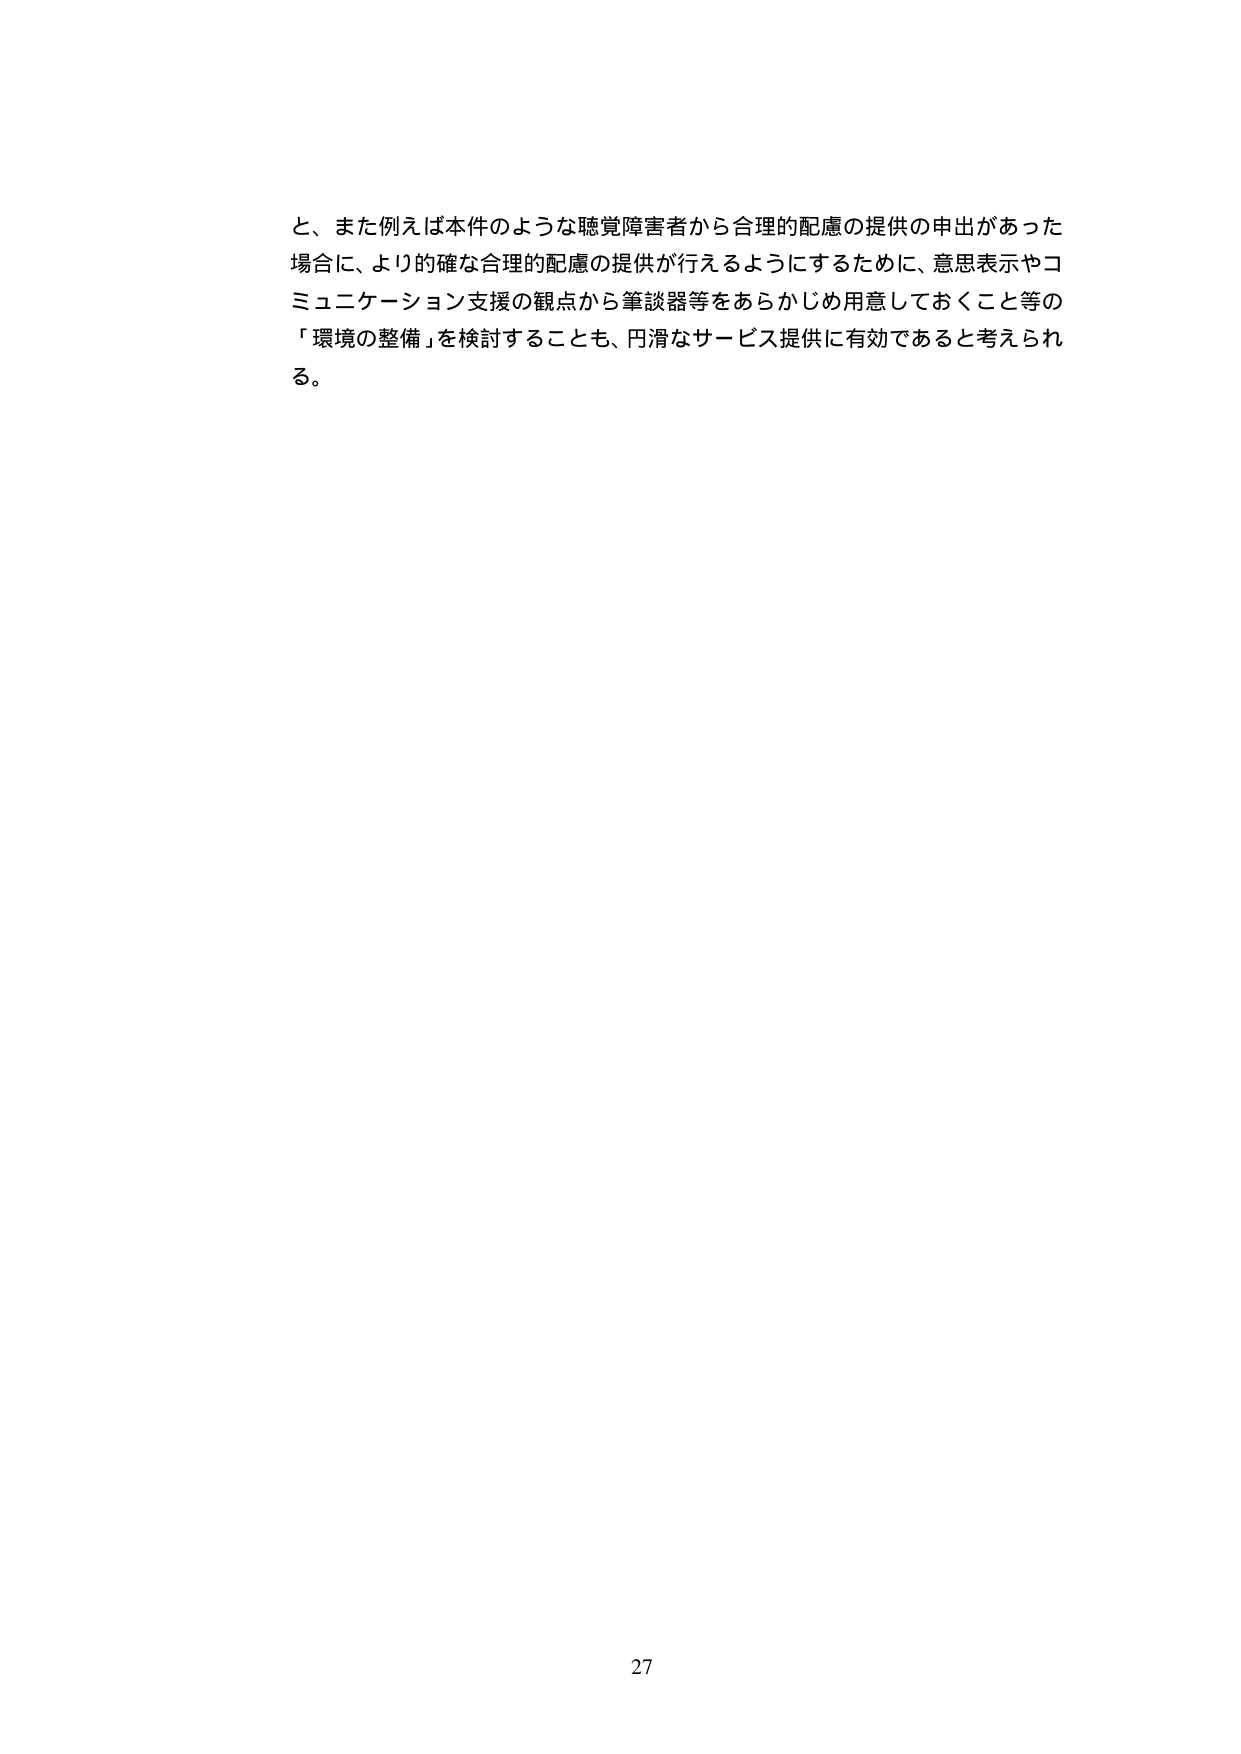
と、また例えば本件のような聴覚障害者から合理的配慮の提供の申出があった場合に、より的確な合理的配慮の提供が行えるようにするために、意思表示やコミュニケーション支援の観点から筆談器等をあらかじめ用意しておくこと等の「環境の整備」を検討することも、円滑なサービス提供に有効であると考えられる。

27